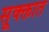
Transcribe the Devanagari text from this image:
सूक्क्तात